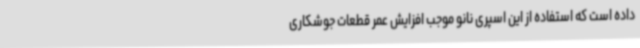
داده است که استفاده از این اسپری نانو موجب افزایش عمر قطعات جوشکاری